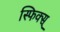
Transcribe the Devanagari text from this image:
स्फिक्स्